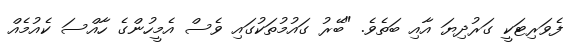
ފެވަރިޓަކީ ގަރުދިޔަ އާއި ބަތެވެ. "ބޭރު ގައުމުތަކުގައި ވެސް އެމީހުންގެ ހާއްސަ ކެއުމެއް